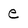
Character: e